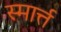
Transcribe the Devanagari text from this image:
स्मार्त्त